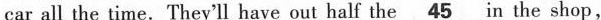
car all the time.They'll have out half the \underline45 n the shop,